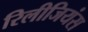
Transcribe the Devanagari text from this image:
रिलीजियंस